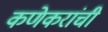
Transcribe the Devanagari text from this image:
कणेकरांची